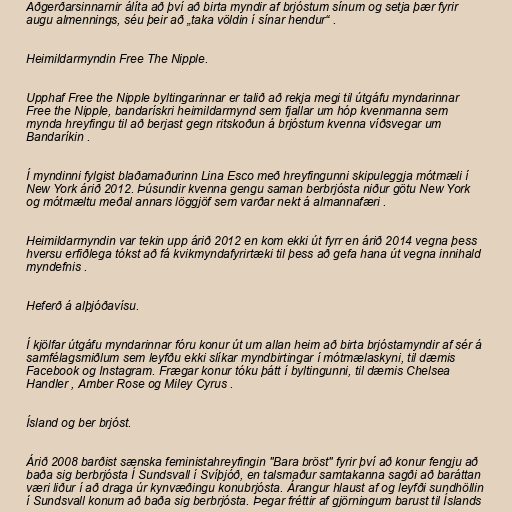
Aðgerðarsinnarnir álíta að því að birta myndir af brjóstum sínum og setja þær fyrir
augu almennings, séu þeir að „taka völdin í sínar hendur“ .

Heimildarmyndin Free The Nipple.

Upphaf Free the Nipple byltingarinnar er talið að rekja megi til útgáfu myndarinnar
Free the Nipple, bandarískri heimildarmynd sem fjallar um hóp kvenmanna sem
mynda hreyfingu til að berjast gegn ritskoðun á brjóstum kvenna víðsvegar um
Bandaríkin .

Í myndinni fylgist blaðamaðurinn Lina Esco með hreyfingunni skipuleggja mótmæli í
New York árið 2012. Þúsundir kvenna gengu saman berbrjósta niður götu New York
og mótmæltu meðal annars löggjöf sem varðar nekt á almannafæri .

Heimildarmyndin var tekin upp árið 2012 en kom ekki út fyrr en árið 2014 vegna þess
hversu erfiðlega tókst að fá kvikmyndafyrirtæki til þess að gefa hana út vegna innihald
myndefnis .

Heferð á alþjóðavísu.

Í kjölfar útgáfu myndarinnar fóru konur út um allan heim að birta brjóstamyndir af sér á
samfélagsmiðlum sem leyfðu ekki slíkar myndbirtingar í mótmælaskyni, til dæmis
Facebook og Instagram. Frægar konur tóku þátt í byltingunni, til dæmis Chelsea
Handler , Amber Rose og Miley Cyrus .

Ísland og ber brjóst.

Árið 2008 barðist sænska feministahreyfingin "Bara bröst" fyrir því að konur fengju að
baða sig berbrjósta Í Sundsvall í Svíþjóð, en talsmaður sam­tak­anna sagði að bar­átt­an
væri liður í að draga úr kyn­væðingu konu­brjósta. Árangur hlaust af og leyfði sundhöllin
í Sundsvall konum að baða sig berbrjósta. Þegar fréttir af gjörningum barust til Íslands